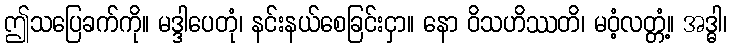
ဤသပြေခက်ကို။ မဒ္ဒါပေတုံ၊ နင်းနယ်စေခြင်းငှာ။ နော ဝိသဟိဿတိ၊ မဝံ့လတ္တံ့။ အဒ္ဓါ၊